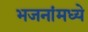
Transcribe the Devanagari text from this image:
भजनांमध्ये